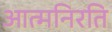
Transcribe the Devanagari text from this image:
आत्मनिरति